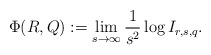
\begin{align*} \Phi(R,Q):=\lim_{s\to\infty}\frac{1}{s^2}\log I_{r,s,q}.\end{align*}